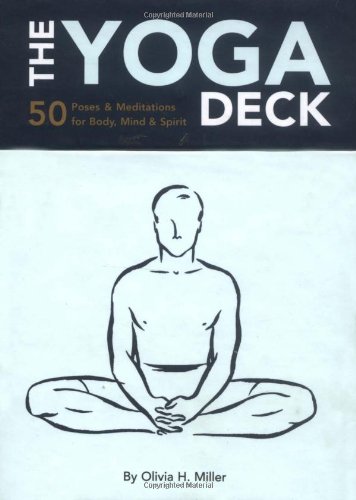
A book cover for The Yoga Deck: 50 Poses & Meditations for Body, Mind, & Spirit; Olivia Miller; Health, Fitness & Dieting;